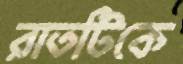
রাতটিকে